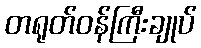
တရုတ်ဝန်ကြီးချုပ်